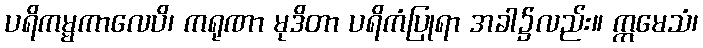
ပရိကမ္မကာလေပိ၊ ကရုဏာ မုဒိတာ ပရိကံပြုရာ အခါ၌လည်း။ ဣမေသံ၊